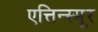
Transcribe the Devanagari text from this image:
एत्तिन्स्मूर